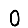
Digit: 0